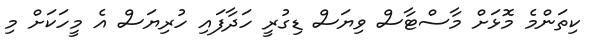
ކިތަންމެ މޮޅަށް މާސްޓާސް ވިޔަސް ޑިގުރީ ހަދާފައި ހުރިޔަސް އެ މީހަކަށް މި